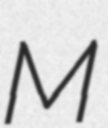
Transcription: M